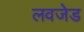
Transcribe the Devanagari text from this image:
लवजेड